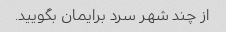
از چند شهر سرد برایمان بگویید.